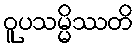
ဝူပသမ္မိဿတိ